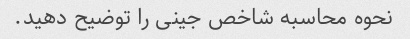
نحوه محاسبه شاخص جینی را توضیح دهید.